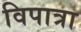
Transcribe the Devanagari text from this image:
विपात्रा